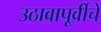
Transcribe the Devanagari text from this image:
उठावापूर्वीचे